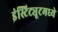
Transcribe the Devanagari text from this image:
इंस्टिट्यूटमध्ये